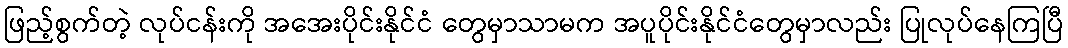
ဖြည့်စွက်တဲ့ လုပ်ငန်းကို အအေးပိုင်းနိုင်ငံ တွေမှာသာမက အပူပိုင်းနိုင်ငံတွေမှာလည်း ပြုလုပ်နေကြပြီ